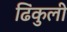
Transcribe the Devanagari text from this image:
ढिंकुली